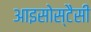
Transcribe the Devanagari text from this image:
आइसोस्टैसी